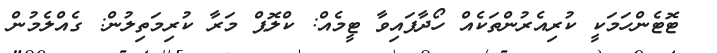
ޓޮޓެންހަމަކީ ކުރިއެރުންތަކެއް ހޯދާފައިވާ ޓީމެއް: ކްލޮޕް މަރާ ކުރިމަތިލުން: ގެއްލެމުން